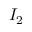
I _ { 2 }